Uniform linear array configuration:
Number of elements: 32
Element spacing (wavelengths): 0.75
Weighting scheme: cosine
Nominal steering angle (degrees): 45
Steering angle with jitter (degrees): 46.982
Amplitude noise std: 0.05
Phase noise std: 0.05

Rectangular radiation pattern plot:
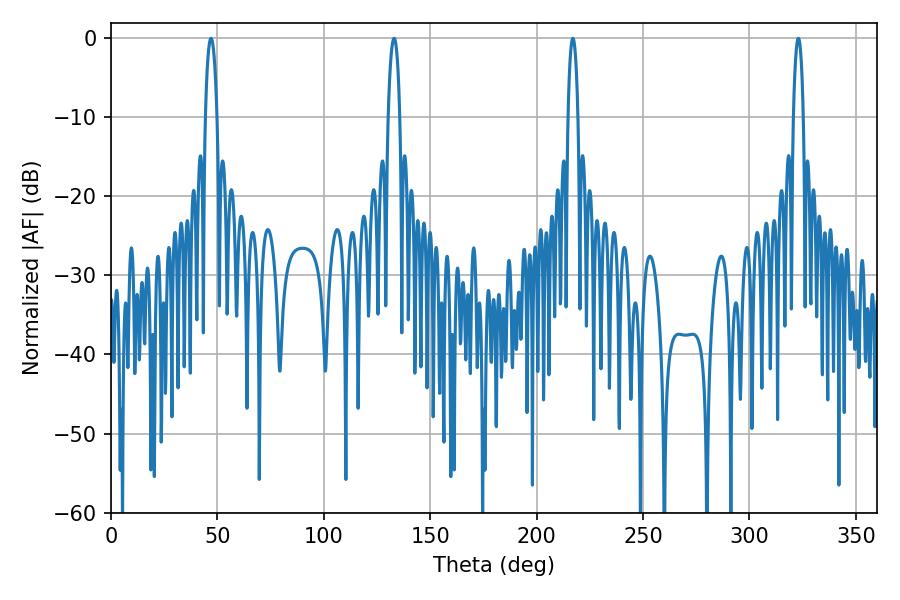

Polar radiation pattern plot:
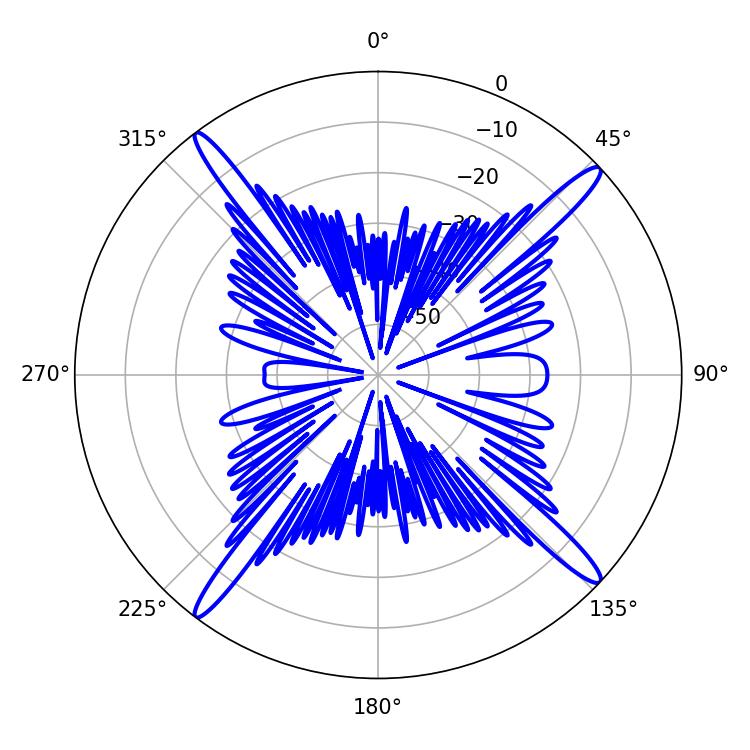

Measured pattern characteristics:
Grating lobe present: TRUE
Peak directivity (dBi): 18.686
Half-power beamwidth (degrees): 3.06
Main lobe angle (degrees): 133.02